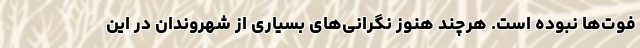
فوت‌ها نبوده است. هرچند هنوز نگرانی‌های بسیاری از شهروندان در این